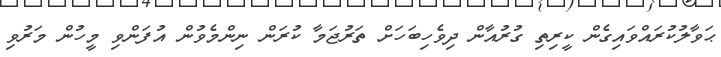
ޙަވާލުކުރައްވައިގެން ކީރިތި ގުރުއާން ދިވެހިބަހަށް ތަރުޖަމާ ކުރަން ނިންމެވުން އުފަންވި މީހުން މަރުވި